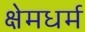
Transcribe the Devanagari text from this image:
क्षेमधर्म